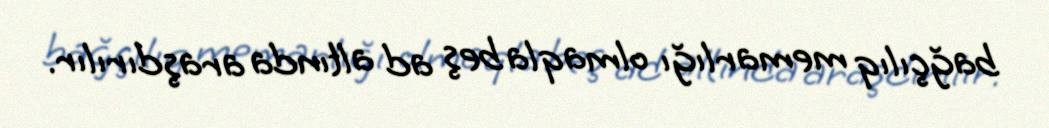
bağçılıq memarlığı olmaqla beş ad altında araşdırılır.